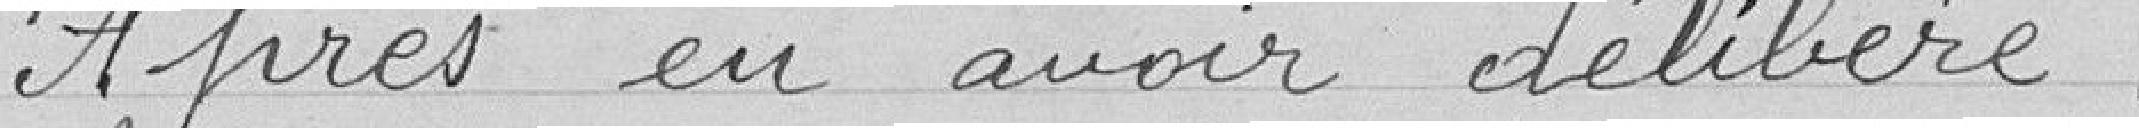
Après en avoir délibéré ,